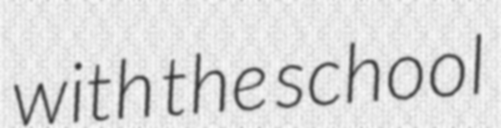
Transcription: with the school